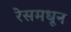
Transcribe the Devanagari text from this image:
रेसमधून